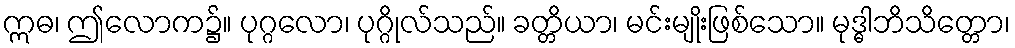
ဣဓ၊ ဤလောက၌။ ပုဂ္ဂလော၊ ပုဂ္ဂိုလ်သည်။ ခတ္တိယာ၊ မင်းမျိုးဖြစ်သော။ မုဒ္ဓါဘိသိတ္တော၊